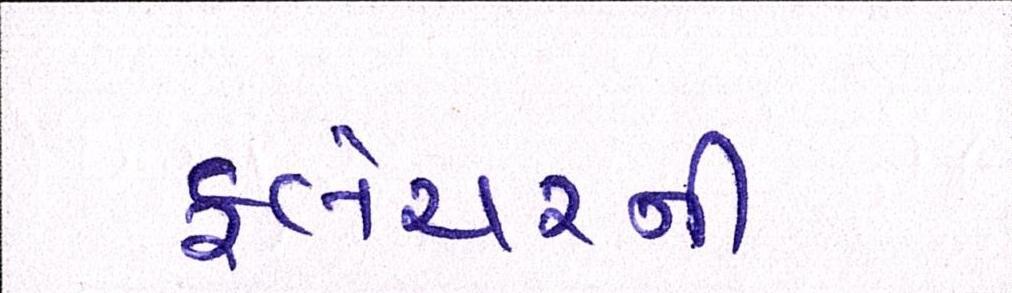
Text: ફ્લેચરની